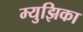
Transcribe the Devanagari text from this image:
म्युझिका